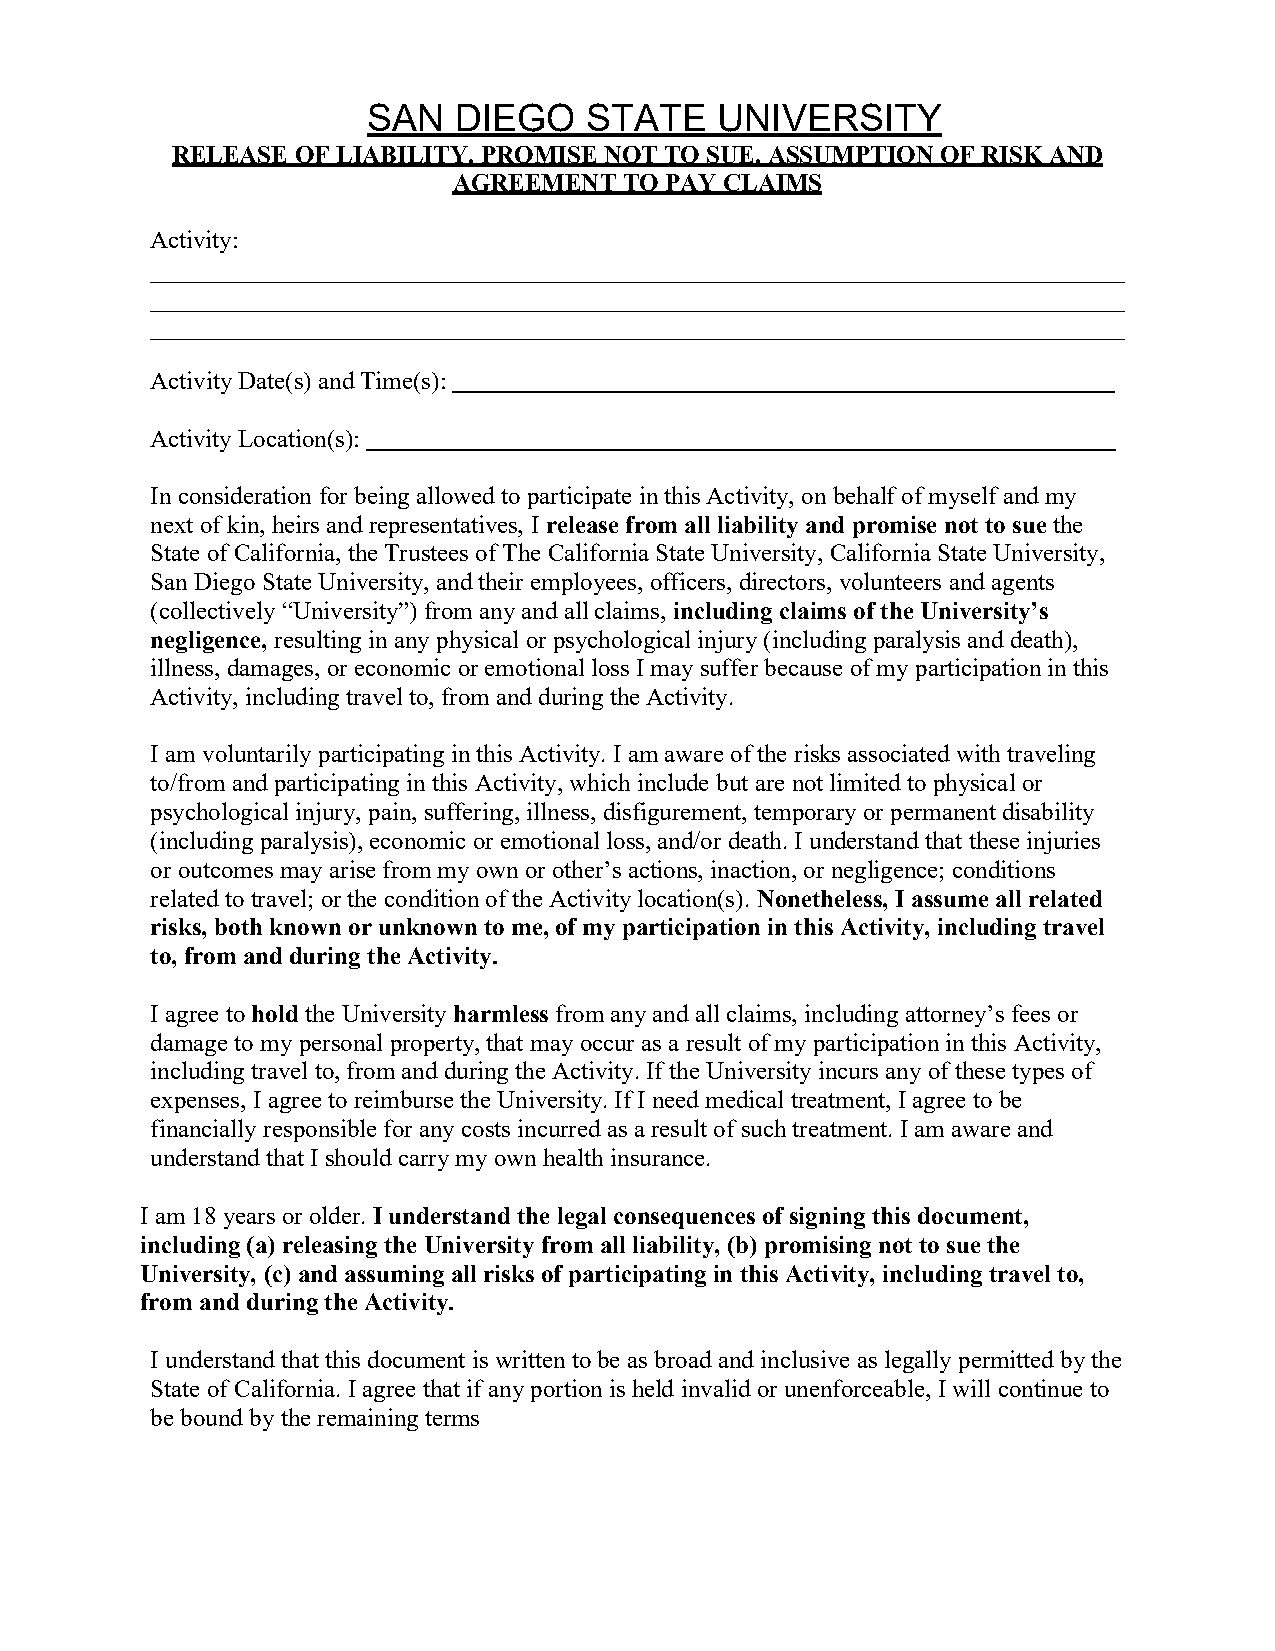
SAN   DIEGO    STATE   UNIVERSITY
 RELEASE OF LIABILITY, PROMISE NOT TO SUE, ASSUMPTION OF RISK AND
 AGREEMENT  TO PAY CLAIMS
 Activity:
 Activity Date(s) and Time(s):
 Activity Location(s):
 In consideration for being allowed to participate in this Activity, on behalf of myself and my
 next of kin, heirs and representatives, I release from all liability and promise not to sue the
 State of California, the Trustees of The California State University, California State University,
 San Diego State University, and their employees, officers, directors, volunteers and agents
 (collectively “University”) from any and all claims, including claims of the University’s
 negligence, resulting in any physical or psychological injury (including paralysis and death),
 illness, damages, or economic or emotional loss I may suffer because of my participation in this
 Activity, including travel to, from and during the Activity.
 I am voluntarily participating in this Activity. I am aware of the risks associated with traveling
 to/from and participating in this Activity, which include but are not limited to physical or
 psychological injury, pain, suffering, illness, disfigurement, temporary or permanent disability
 (including paralysis), economic or emotional loss, and/or death. I understand that these injuries
 or outcomes may arise from my own or other’s actions, inaction, or negligence; conditions
 related to travel; or the condition of the Activity location(s). Nonetheless, I assume all related
 risks, both known or unknown to me, of my participation in this Activity, including travel
 to, from and during the Activity.
 I agree to hold the University harmless from any and all claims, including attorney’s fees or
 damage to my personal property, that may occur as a result of my participation in this Activity,
 including travel to, from and during the Activity. If the University incurs any of these types of
 expenses, I agree to reimburse the University. If I need medical treatment, I agree to be
 financially responsible for any costs incurred as a result of such treatment. I am aware and
 understand that I should carry my own health insurance.
 I am 18 years or older. I understand the legal consequences of signing this document,
 including (a) releasing the University from all liability, (b) promising not to sue the
 University, (c) and assuming all risks of participating in this Activity, including travel to,
 from and during the Activity.
 I understand that this document is written to be as broad and inclusive as legally permitted by the
 State of California. I agree that if any portion is held invalid or unenforceable, I will continue to
 be bound by the remaining terms